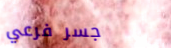
جسر فرعي